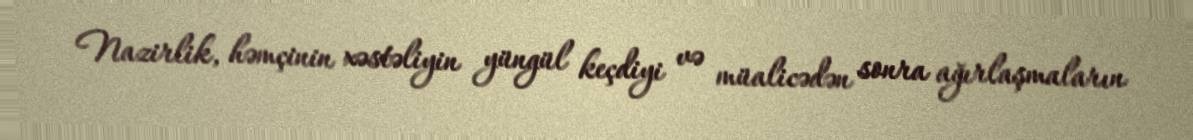
Nazirlik, həmçinin xəstəliyin yüngül keçdiyi və müalicədən sonra ağırlaşmaların